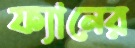
ফ্যানের